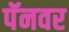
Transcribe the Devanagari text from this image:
पॅनवर